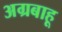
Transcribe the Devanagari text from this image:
अग्रबाहू